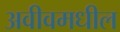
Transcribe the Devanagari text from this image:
अवीवमधील